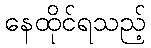
နေထိုင်ရသည့်